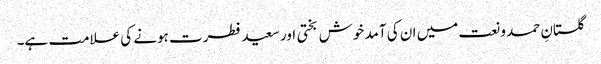
گلستانِ حمد و نعت میں ان کی آمد خوش بختی اور سعید فطرت ہونے کی علامت ہے۔